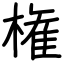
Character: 権